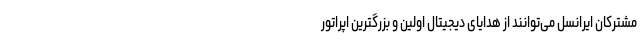
مشترکان ایرانسل می‌توانند از هدایای دیجیتال اولین و بزرگترین اپراتور